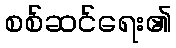
စစ်ဆင်ရေး၏